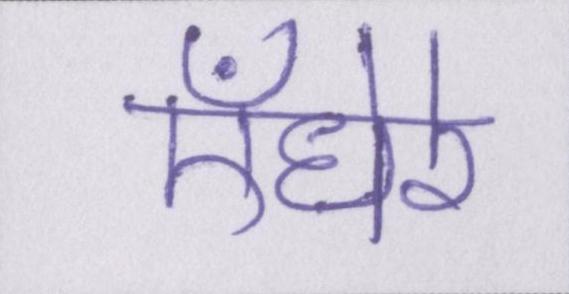
ऍंधेरे